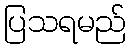
ပြသရမည်